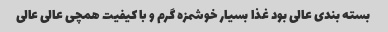
بسته بندی عالی بود غذا بسیار خوشمزه گرم و با کیفیت همچی عالی عالی